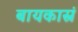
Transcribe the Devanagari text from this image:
बायकास्नं